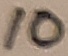
Text: 10